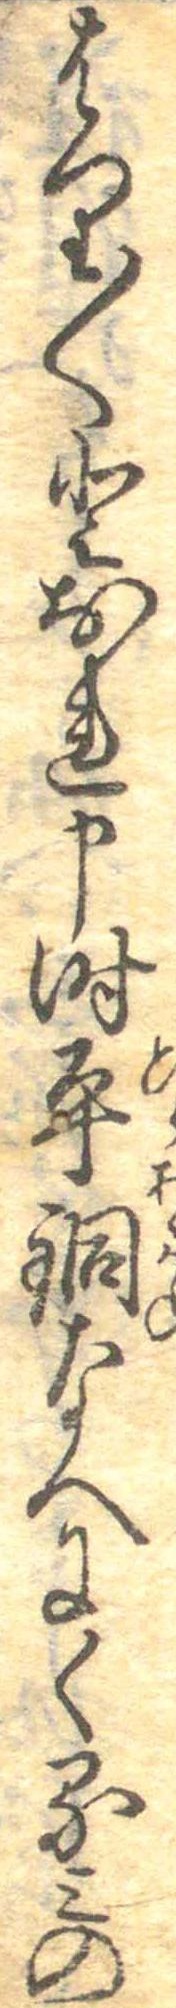
はり〱とおれ申時平銅なへにくるみの